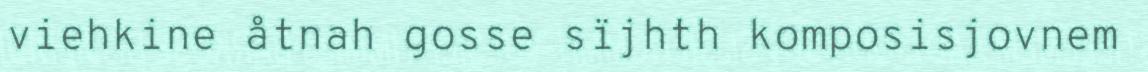
viehkine åtnah gosse sïjhth komposisjovnem